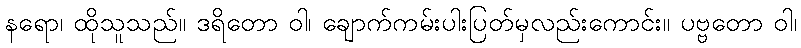
နရော၊ ထိုသူသည်။ ဒရိတော ဝါ၊ ချောက်ကမ်းပါးပြတ်မှလည်းကောင်း။ ပဗ္ဗတော ဝါ၊